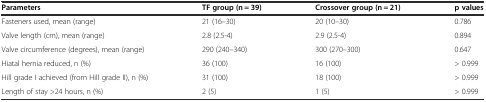
<table><thead><tr><td><b>Parameters</b></td><td><b>TF group (n = 39)</b></td><td><b>Crossover group (n = 21)</b></td><td><b>p values</b></td></tr></thead><tbody><tr><td>Fasteners used, mean (range)</td><td>21 (16–30)</td><td>20 (10–30)</td><td>0.786</td></tr><tr><td>Valve length (cm), mean (range)</td><td>2.8 (2.5-4)</td><td>2.9 (2.5-4)</td><td>0.894</td></tr><tr><td>Valve circumference (degrees), mean (range)</td><td>290 (240–340)</td><td>300 (270–300)</td><td>0.647</td></tr><tr><td>Hiatal hernia reduced, n (%)</td><td>36 (100)</td><td>16 (100)</td><td>&gt; 0.999</td></tr><tr><td>Hill grade I achieved (from Hill grade II), n (%)</td><td>31 (100)</td><td>18 (100)</td><td>&gt; 0.999</td></tr><tr><td>Length of stay &gt;24 hours, n (%)</td><td>2 (5)</td><td>1 (5)</td><td>&gt; 0.999</td></tr></tbody></table>